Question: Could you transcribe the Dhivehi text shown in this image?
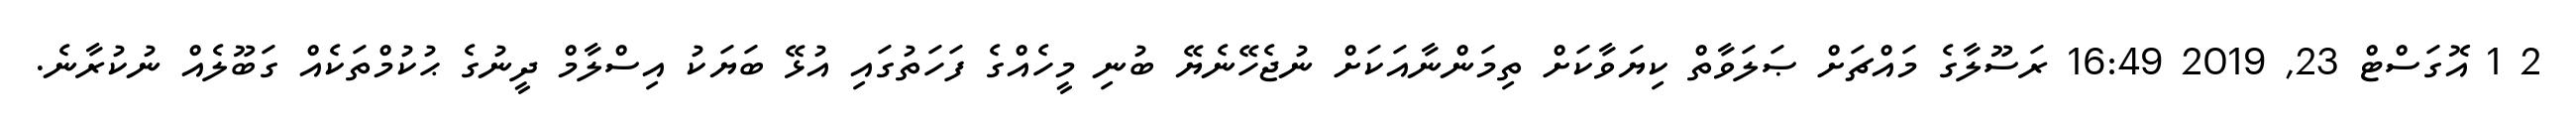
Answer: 2 1 އޮގަސްޓް 23, 2019 16:49 ރަސޫލާގެ މައްޗަށް ޞަލަވާތް ކިޔަވާކަށް ތިމަންނާއަކަށް ނުޖެހޭނެޔޭ ބުނި މީހެއްގެ ފަހަތުގައި އުޅޭ ބަޔަކު އިސްލާމް ދީނުގެ ޙުކުމްތަކެއް ގަބޫލެއް ނުކުރާނެ.